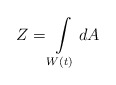
\begin{align*}Z=\int\limits_{W\left( t\right) }dA\end{align*}